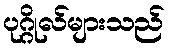
ပုဂ္ဂိုလ်များသည်